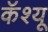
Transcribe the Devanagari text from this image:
कॅश्यू